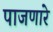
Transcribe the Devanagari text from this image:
पाजणारे